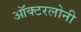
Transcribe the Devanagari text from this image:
ऑक्टरलोनी